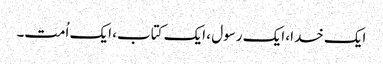
ایک خدا، ایک رسول ، ایک کتاب، ایک اُمت۔